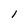
Character: 1